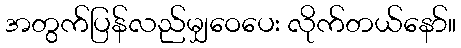
အတွက်ပြန်လည်မျှဝေပေး လိုက်တယ်နော်။